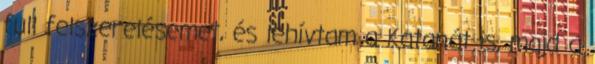
full felszerelésemet, és lehívtam a Katanát is, majd a